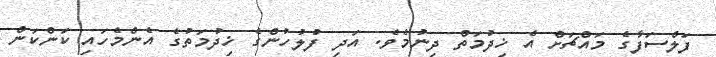
ފަލްސަފާގެ މައްޗަށް އެ ޚިދުމަތް ދިނުމެވެ. އަދި ފުލުހުންގެ ޚިދުމަތުގެ އެންމެހައި ކަންކަން